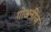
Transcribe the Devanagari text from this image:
गोअनीज